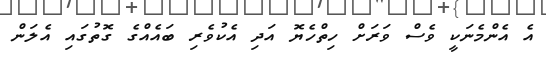
އެ އެންމެނަކީ ވެސް ވަރަށް ހިތްހެޔޮ އަދި އެކުވެރި ބައެއްގެ ގޮތުގައި އެލަން